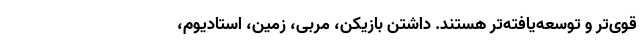
قوی‌تر و توسعه‌یافته‌تر هستند. داشتن بازیکن، مربی، زمین، استادیوم،